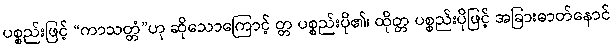
ပစ္စည်းဖြင့် “ကာသတ္တံ”ဟု ဆိုသောကြောင့် တ္တ ပစ္စည်းပို၏၊ ထိုတ္တ ပစ္စည်းပိုဖြင့် အခြားဓာတ်နောင်